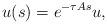
LaTeX: \begin{align*} u(s)=e^{-\tau As }u,\end{align*}